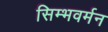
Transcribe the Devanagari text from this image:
सिम्भवर्मन